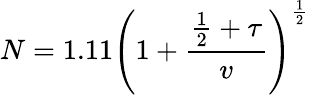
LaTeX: N=1.11\left(1+{\frac{{\frac{1}{2}}+\tau}{v}}\right)^{\frac{1}{2}}